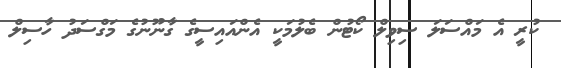
ކުރީ އެ މައްސަލަ ސިވިލް ކޯޓުން ބެލުމަކީ އެންއައިސީގެ ގާނޫނުގެ މަގްސަދު ހާސިލް